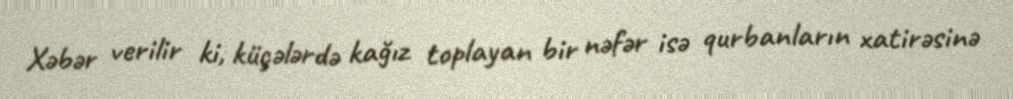
Xəbər verilir ki, küçələrdə kağız toplayan bir nəfər isə qurbanların xatirəsinə